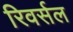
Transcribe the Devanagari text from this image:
रिवर्सल